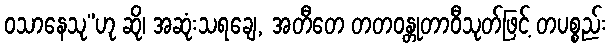
ဝသာနေသု”ဟု ဆို၊ အဆုံးသရချေ, အတီတေ တတဝန္တုတာဝီသုတ်ဖြင့် တပစ္စည်း